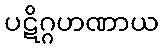
ပဋိဂ္ဂဟဏာယ